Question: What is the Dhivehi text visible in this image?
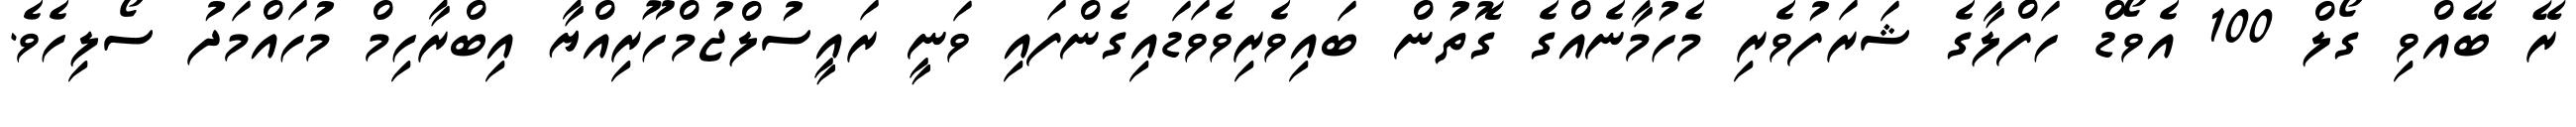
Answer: ރޭ ބޭއްވި ގޯލް 100 އެވޯޑް ހަފްލާގެ ޝަރަފުވެރި މެހުމާނެއްގެ ގޮތުން ބައިވެރިވެވަޑައިގެންފައި ވަނީ ރައީސުލްޖުމްހޫރިއްޔާ އިބްރާހިމް މުހައްމަދު ސޯލިހެވެ.